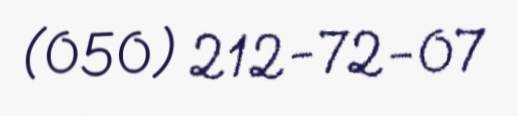
(050) 212-72-07